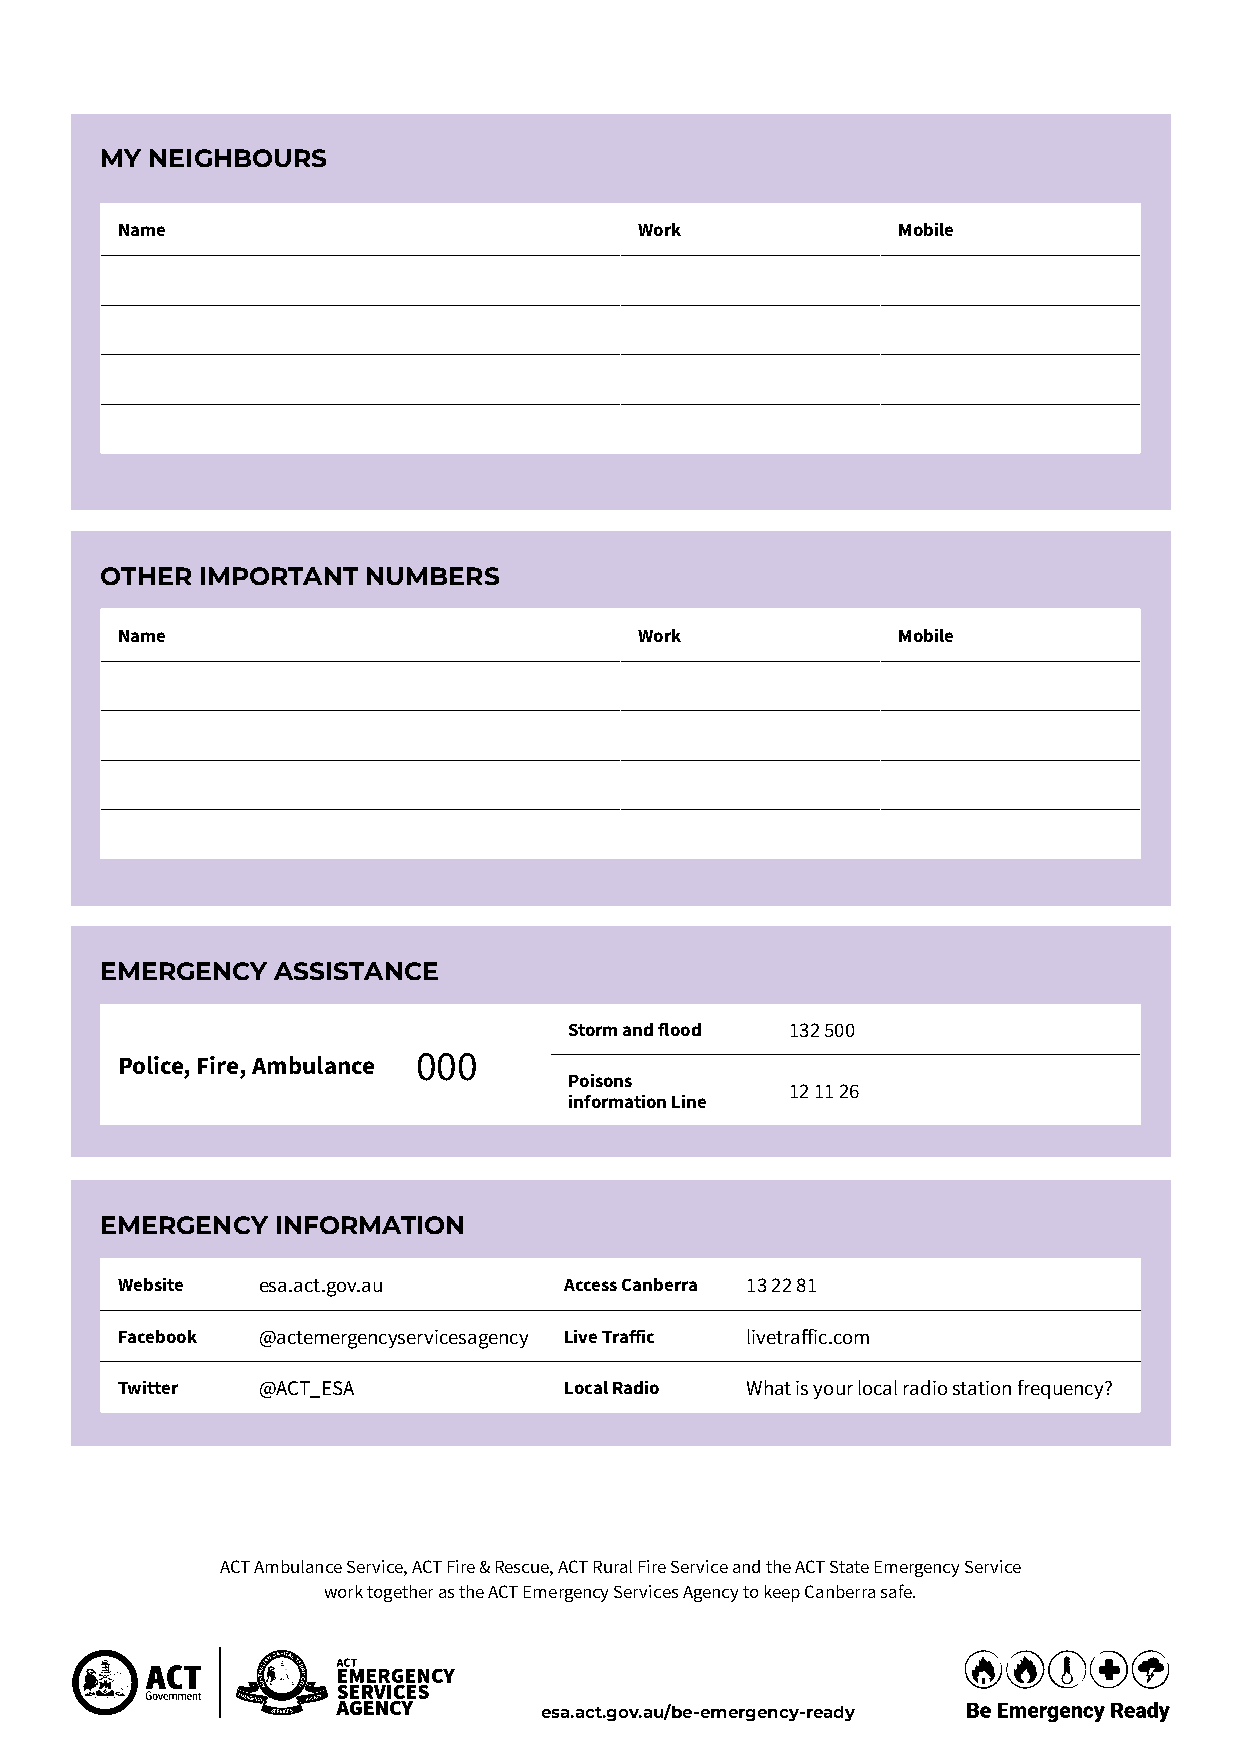
MY NEIGHBOURS
 Name                              Work             Mobile
 OTHER IMPORTANT  NUMBERS
 Name                              Work             Mobile
 EMERGENCY  ASSISTANCE
 Storm and flood 132 500
 Police, Fire, Ambulance 000
 Poisons
 12 11 26
 information Line
 EMERGENCY  INFORMATION
 Website  esa.act.gov.au      Access Canberra 13 22 81
 Facebook @actemergencyservicesagency Live Traffic livetraffic.com
 Twitter  @ACT_ESA            Local Radio What is your local radio station frequency?
 ACT Ambulance Service, ACT Fire & Rescue, ACT Rural Fire Service and the ACT State Emergency Service
 work together as the ACT Emergency Services Agency to keep Canberra safe.
 esa.act.gov.au/be-emergency-ready